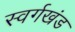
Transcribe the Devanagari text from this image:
स्वर्गखंड